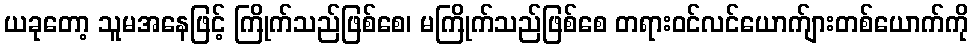
ယခုတော့ သူမအနေဖြင့် ကြိုက်သည်ဖြစ်စေ၊ မကြိုက်သည်ဖြစ်စေ တရားဝင်လင်ယောက်ျားတစ်ယောက်ကို